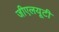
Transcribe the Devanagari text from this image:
जीएलयूटी